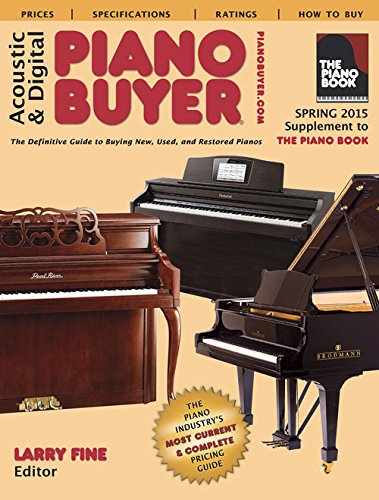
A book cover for Acoustic & Digital Piano Buyer: Supplement to The Piano Book; Larry Fine; Reference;